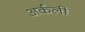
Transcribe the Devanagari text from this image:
अर्कली